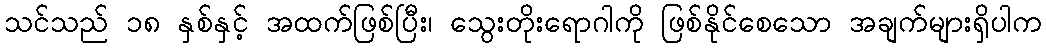
သင်သည် ၁၈ နှစ်နှင့် အထက်ဖြစ်ပြီး၊ သွေးတိုးရောဂါကို ဖြစ်နိုင်စေသော အချက်များရှိပါက